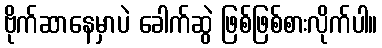
ဗိုက်ဆာနေမှာပဲ ခေါက်ဆွဲ ဖြစ်ဖြစ်စားလိုက်ပါ။